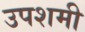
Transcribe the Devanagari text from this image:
उपशमी